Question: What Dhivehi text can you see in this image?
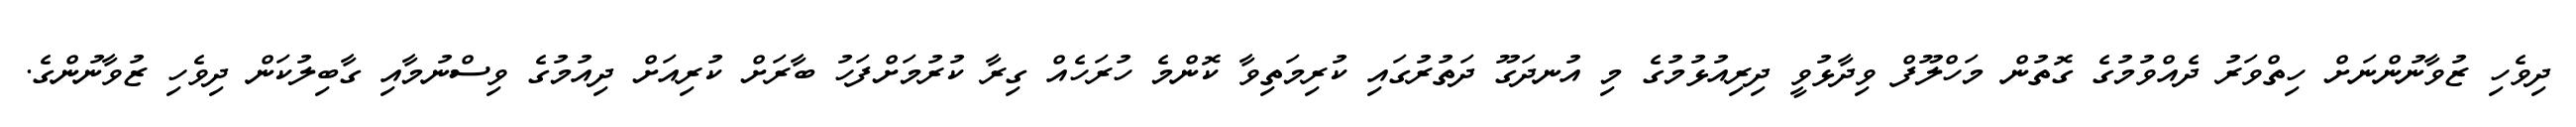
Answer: ދިވެހި ޒުވާނުންނަށް ހިތްވަރު ދެއްވުމުގެ ގޮތުން މަހްލޫފް ވިދާޅުވީ ދިރިއުޅުމުގެ މި އުނދަގޫ ދަތުރުގައި ކުރިމަތިވާ ކޮންމެ ހުރަހެއް ގިރާ ކުރުމަށްފަހު ބާރަށް ކުރިއަށް ދިއުމުގެ ވިސްނުމާއި ގާބިލުކަން ދިވެހި ޒުވާނުންގެ.